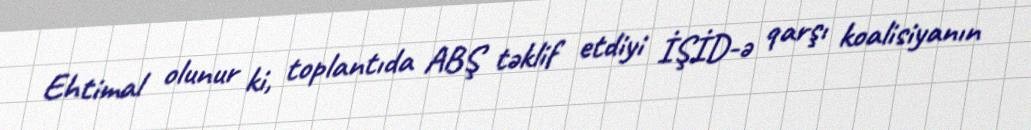
Ehtimal olunur ki, toplantıda ABŞ təklif etdiyi İŞİD-ə qarşı koalisiyanın